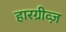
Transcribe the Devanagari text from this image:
हारग्रीव्ज़